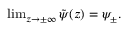
\begin{array} { r } { \operatorname* { l i m } _ { z \to \pm \infty } \tilde { \psi } ( z ) = \psi _ { \pm } . } \end{array}